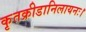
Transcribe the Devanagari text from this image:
कृतक्रीडानिलायनः।